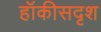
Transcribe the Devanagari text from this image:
हॉकीसदृश